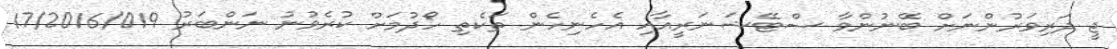
ޖީ ދަރިވަރުންނަށް ބޭނުންވާ ސްޓޭޝަނަރީއާއި އެހެނިހެން ތަކެތި ހޯދުމަށް ކުރެވުނު ނަންބަރު 17/2016/019